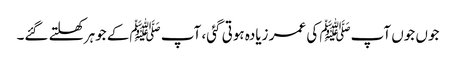
جوں جوں آپﷺ کی عمر زیادہ ہوتی گئی، آپ ﷺکے جوہر کھلتے گئے۔